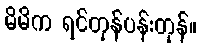
မိမိက ရင်တုန်ပန်းတုန်။